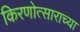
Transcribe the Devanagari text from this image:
किरणोत्साराच्या